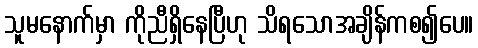
သူမနောက်မှာ ကိုညီရှိနေပြီဟု သိရသောအချိန်ကစ၍ပေ။